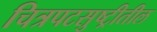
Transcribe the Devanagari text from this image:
चित्रपटसुष्ट्रीतील